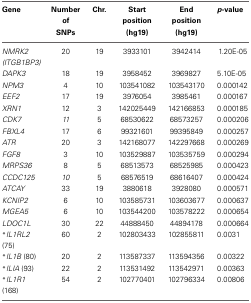
<table><thead><tr><td><b>Gene</b></td><td><b>Number of SNPs</b></td><td><b>Chr.</b></td><td><b>Start position (hg19)</b></td><td><b>End position (hg19)</b></td><td><b><i>p</i>-value</b></td></tr></thead><tbody><tr><td><i>NMRK2 (ITGB1BP3)</i></td><td>20</td><td>19</td><td>3933101</td><td>3942414</td><td>1.20E-05</td></tr><tr><td><i>DAPK3</i></td><td>18</td><td>19</td><td>3958452</td><td>3969827</td><td>5.10E-05</td></tr><tr><td><i>NPM3</i></td><td>4</td><td>10</td><td>103541082</td><td>103543170</td><td>0.000142</td></tr><tr><td><i>EEF2</i></td><td>17</td><td>19</td><td>3976054</td><td>3985461</td><td>0.000167</td></tr><tr><td><i>XRN1</i></td><td>12</td><td>3</td><td>142025449</td><td>142166853</td><td>0.000185</td></tr><tr><td><i>CDK7</i></td><td><i>11</i></td><td>5</td><td>68530622</td><td>68573257</td><td>0.000206</td></tr><tr><td><i>FBXL4</i></td><td>17</td><td>6</td><td>99321601</td><td>99395849</td><td>0.000257</td></tr><tr><td><i>ATR</i></td><td>20</td><td>3</td><td>142168077</td><td>142297668</td><td>0.000269</td></tr><tr><td><i>FGF8</i></td><td>3</td><td>10</td><td>103529887</td><td>103535759</td><td>0.000294</td></tr><tr><td><i>MRPS36</i></td><td>8</td><td>5</td><td>68513573</td><td>68525985</td><td>0.000423</td></tr><tr><td><i>CCDC125</i></td><td><i>10</i></td><td>5</td><td>68576519</td><td>68616407</td><td>0.000424</td></tr><tr><td><i>ATCAY</i></td><td>33</td><td>19</td><td>3880618</td><td>3928080</td><td>0.000571</td></tr><tr><td><i>KCNIP2</i></td><td>6</td><td>10</td><td>103585731</td><td>103603677</td><td>0.000637</td></tr><tr><td><i>MGEA5</i></td><td>6</td><td>10</td><td>103544200</td><td>103578222</td><td>0.000654</td></tr><tr><td><i>LDOC1L</i></td><td>30</td><td>22</td><td>44888450</td><td>44894178</td><td>0.000664</td></tr><tr><td><sup>*</sup><i>IL1RL2</i> (75)</td><td>60</td><td>2</td><td>102803433</td><td>102855811</td><td>0.0031</td></tr><tr><td><sup>*</sup><i>IL1B</i> (80)</td><td>20</td><td>2</td><td>113587337</td><td>113594356</td><td>0.00322</td></tr><tr><td><sup>*</sup><i>ILIA</i> (93)</td><td>22</td><td>2</td><td>113531492</td><td>113542971</td><td>0.00363</td></tr><tr><td><sup>*</sup><i>IL1R1</i> (168)</td><td>54</td><td>2</td><td>102770401</td><td>102796334</td><td>0.00806</td></tr></tbody></table>